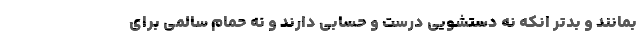
بمانند و بدتر انکه نه دستشویی درست و حسابی دارند و نه حمام سالمی برای